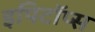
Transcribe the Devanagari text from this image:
इपिटॉप्स